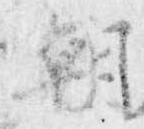
朝